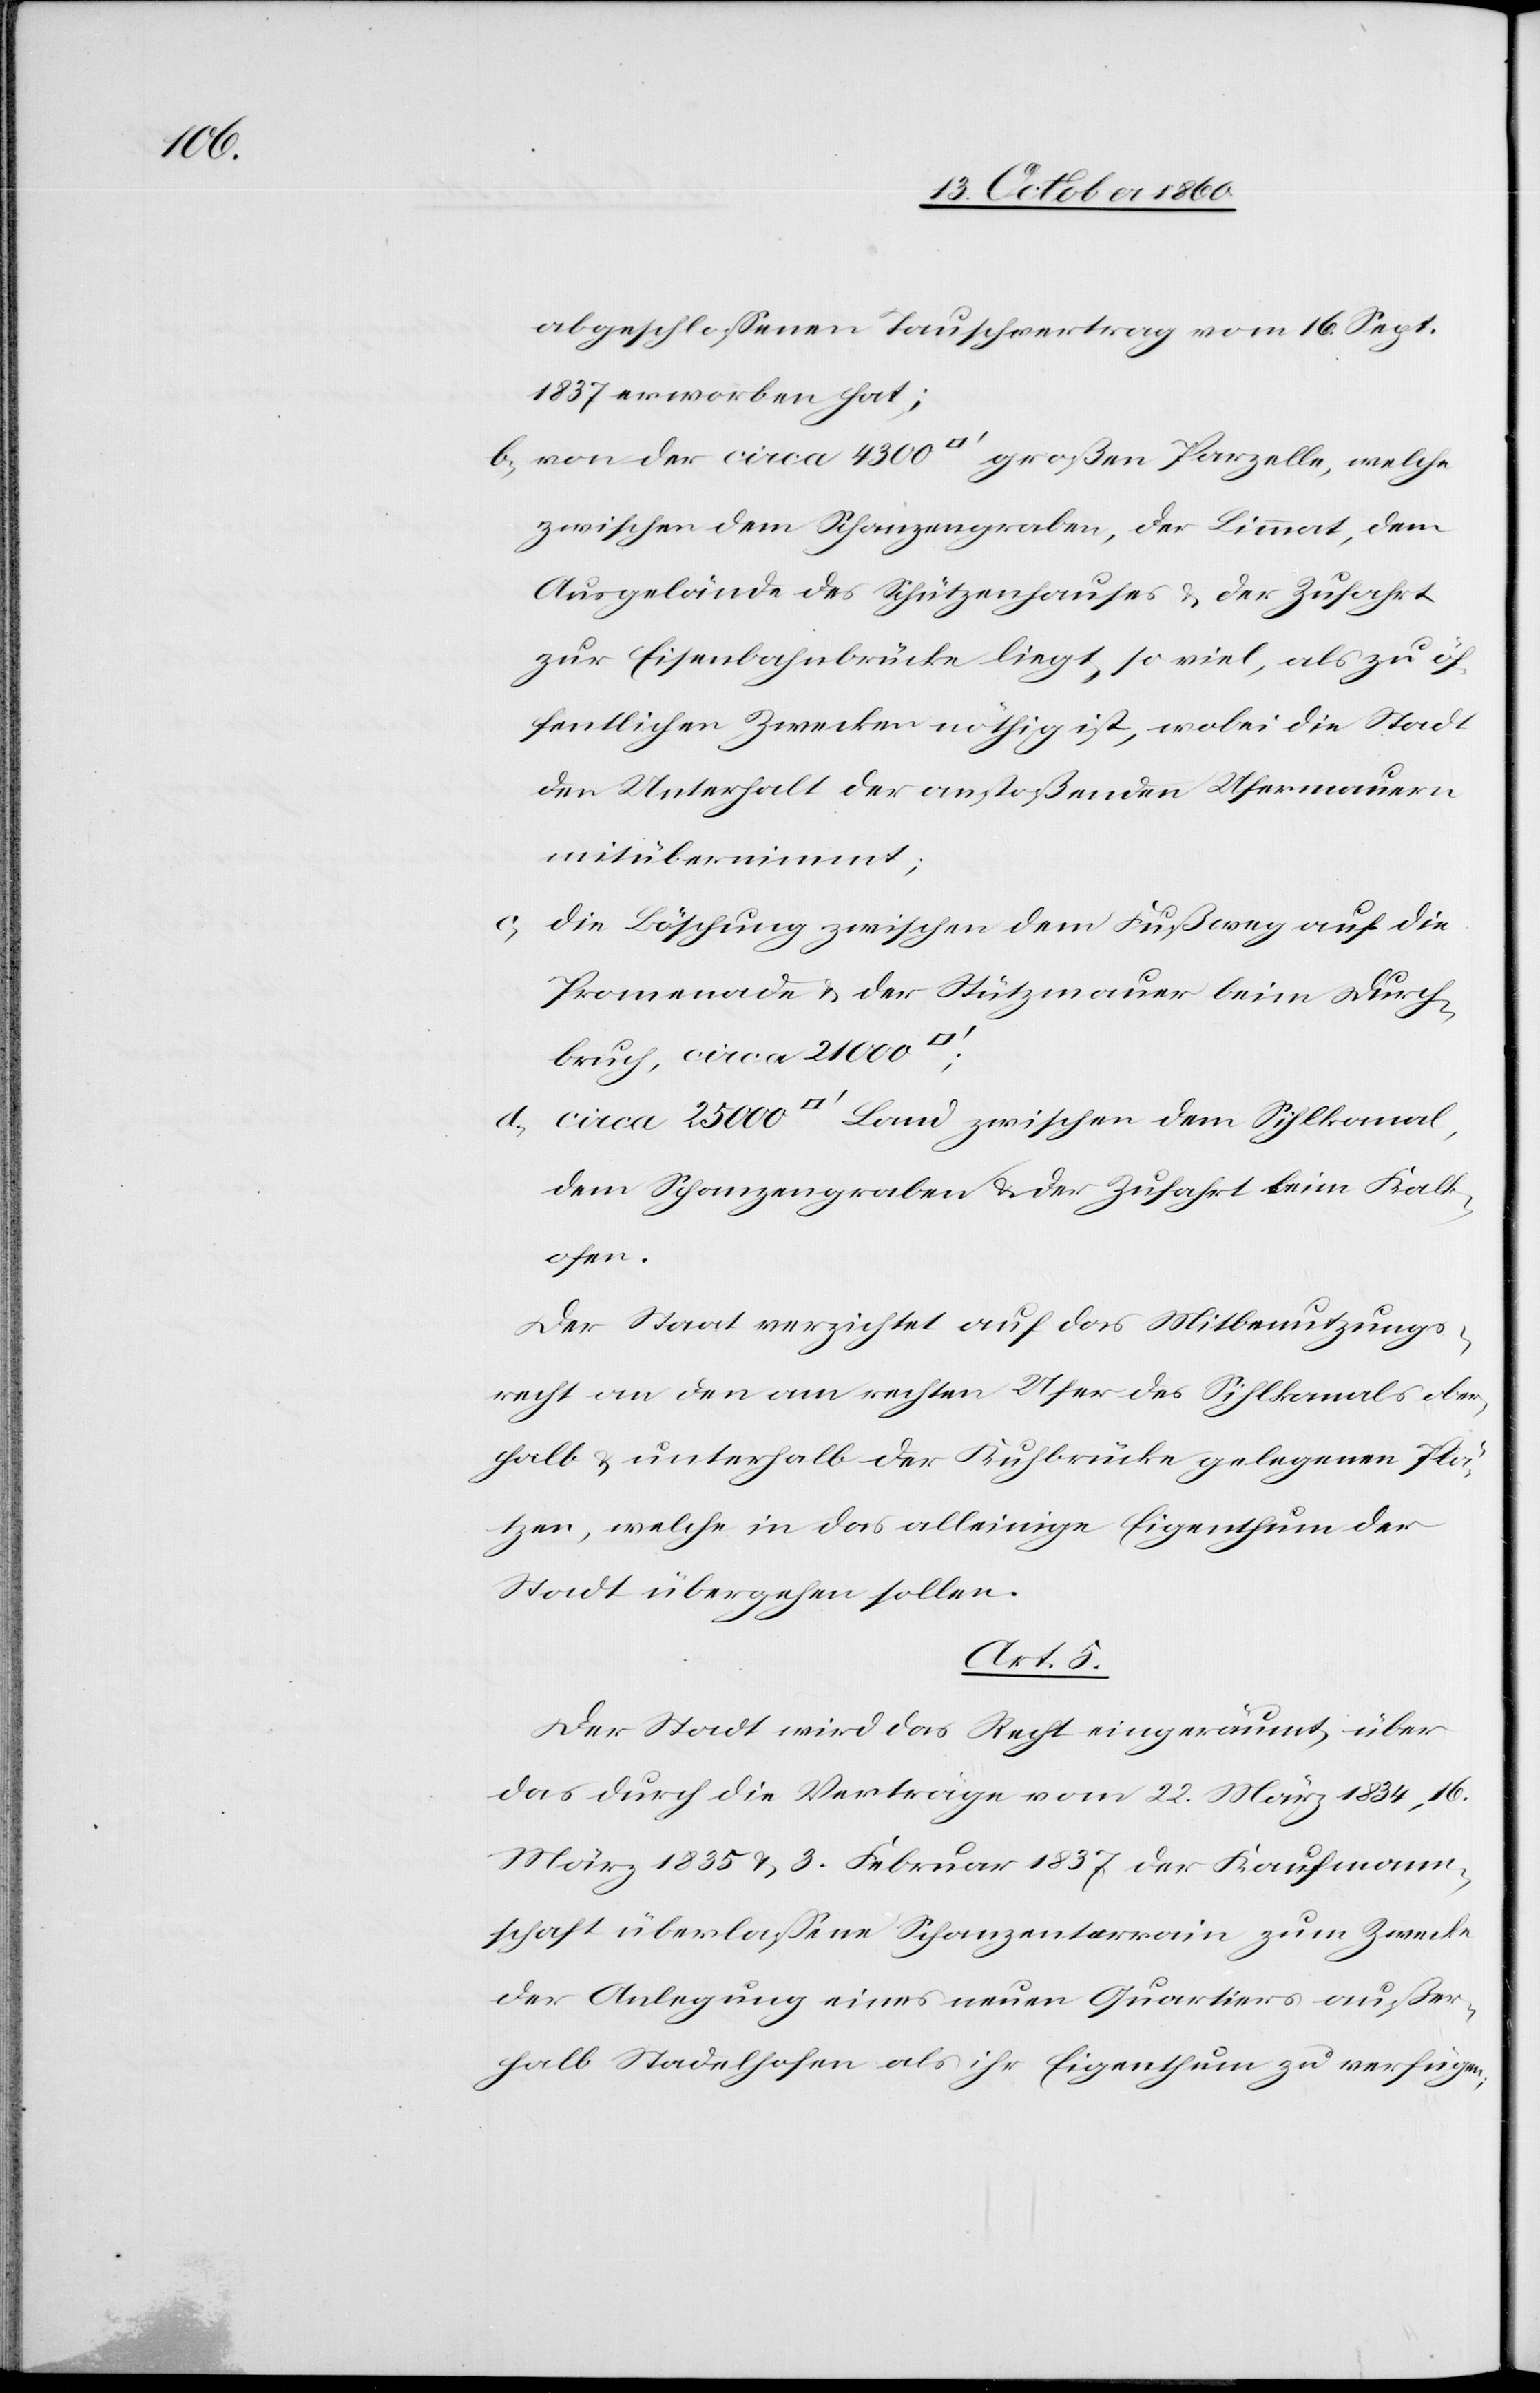
abgeschlossenen Tauschvertrag vom 16. Sept.
1837 erworben hat;
b) von der circa 4300 [Quadratfuß] großen Parzelle, welche
zwischen dem Schanzengraben, der Limmat, dem
Ausgelände des Schützenhauses u. der Zufahrt
zur Eisenbahnbrücke liegt, so viel, als zu öf¬
fentlichen Zwecken nöthig ist, wobei die Stadt
den Unterhalt der anstoßenden Ufermauern
mit übernimmt;
c) die Böschung zwischen dem Fußweg auf die
Promenade u. der Stützmauer beim Durch¬
bruch, circa 21 00
d) circa 25 000 [Quadratfuß] Land zwischen dem Sihlkanal,
dem Schanzengraben u. der Zufahrt beim Kalk¬
ofen.
Der Staat verzichtet auf das Mitbenutzungs¬
recht an den am rechten Ufer des Silhkanals ober¬
halb u. unterhalb der Kuhbrücke gelegenen Plä¬
tzen, welche in das alleinige Eigenthum der
Stadt übergehen sollen.
Art. 5.
Der Stadt wird das Recht eingeräumt, über
das durch die Verträge vom 22. März 1834, 16.
März 1835 u. 3. Februar 1837 der Kaufmann¬
schaft überlassene Schanzenterrain zum Zwecke
der Anlegung eines neuen Quartiers außer¬
halb Stadelhofen als ihr Eigenthum zu verfügen,